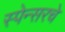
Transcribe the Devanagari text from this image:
स्पेन्सरचे